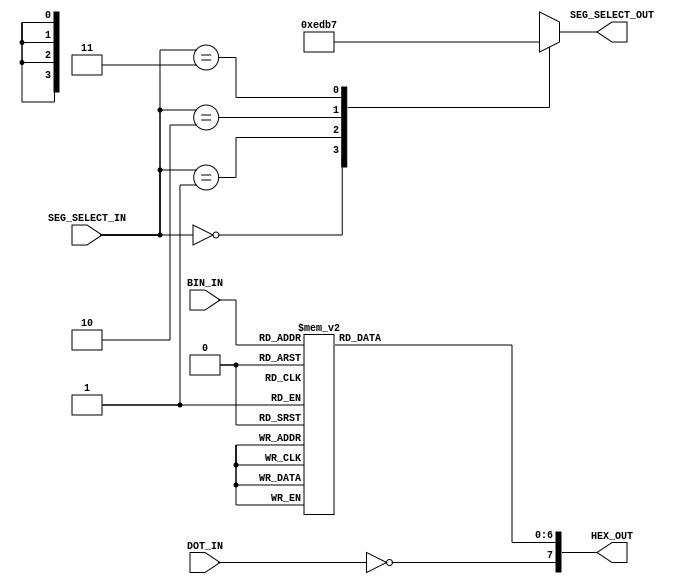
`timescale 1ns / 1ps
//////////////////////////////////////////////////////////////////////////////////
// Company: 
// Engineer: 
// 
// Design Name: 
// Module Name: seg7decoder
// Project Name: 
// Target Devices: 
// Tool Versions: 
// Description: 
// 
// Dependencies: 
// 
// Revision:
// Revision 0.01 - File Created
// Additional Comments:
// 
//////////////////////////////////////////////////////////////////////////////////


////////////////////////////////////////////////////////////////////////////////
module seg7decoder(
		input		[1:0]	SEG_SELECT_IN,
		input		[3:0]	BIN_IN,
		input				DOT_IN,
		output	reg	[3:0]	SEG_SELECT_OUT,
		output	reg	[7:0]	HEX_OUT
	);

	always@(BIN_IN) begin
		case(BIN_IN)
			4'b0000:	HEX_OUT[6:0] <= 7'b1000000; // 0
			4'b0001:	HEX_OUT[6:0] <= 7'b1111001; // 1
			4'b0010:	HEX_OUT[6:0] <= 7'b0100100; // 2
			4'b0011:	HEX_OUT[6:0] <= 7'b0110000; // 3
			
			4'b0100:	HEX_OUT[6:0] <= 7'b0011001; // 4
			4'b0101:	HEX_OUT[6:0] <= 7'b0010010; // 5
			4'b0110:	HEX_OUT[6:0] <= 7'b0000010; // 6
			4'b0111:	HEX_OUT[6:0] <= 7'b1111000; // 7
			
			4'b1000:	HEX_OUT[6:0] <= 7'b0000000; // 8
			4'b1001:	HEX_OUT[6:0] <= 7'b0011000; // 9
			4'b1010:	HEX_OUT[6:0] <= 7'b0001000; // A
			4'b1011:	HEX_OUT[6:0] <= 7'b0000011; // B
			
			4'b1100:	HEX_OUT[6:0] <= 7'b1000110; // C
			4'b1101:	HEX_OUT[6:0] <= 7'b0100001; // D
			4'b1110:	HEX_OUT[6:0] <= 7'b0000110; // E
			4'b1111:	HEX_OUT[6:0] <= 7'b0001110; // F
			
			default:	HEX_OUT[6:0] <= 7'b1111111; // off
		endcase
	end
	
	always@(DOT_IN) begin
		HEX_OUT[7] <= ~DOT_IN;
	end
	
	always@(SEG_SELECT_IN) begin
		case(SEG_SELECT_IN)
			2'b00:		SEG_SELECT_OUT <= 4'b1110; // rightmost
			2'b01:		SEG_SELECT_OUT <= 4'b1101;
			2'b10:		SEG_SELECT_OUT <= 4'b1011;
			2'b11:		SEG_SELECT_OUT <= 4'b0111; // leftmost
			default:	SEG_SELECT_OUT <= 4'b1111; // all off
		endcase
	end

endmodule